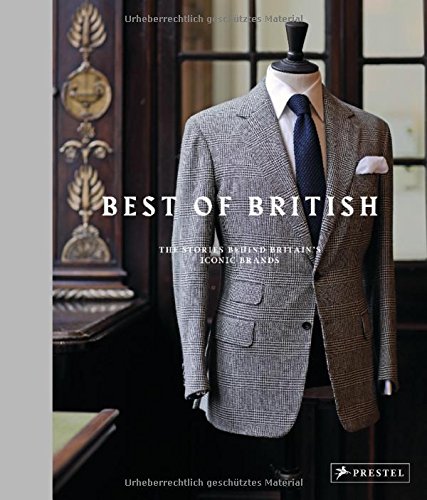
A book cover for Best of British: The Stories Behind Britain's Iconic Brands; Humor & Entertainment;